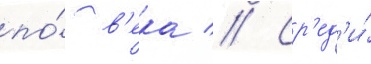
по́ в'ека // Ср'ед'и́